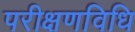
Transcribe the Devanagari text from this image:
परीक्षणविधि